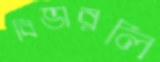
বিভারলি